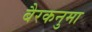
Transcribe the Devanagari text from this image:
बैरकनुमा